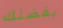
بفضلك